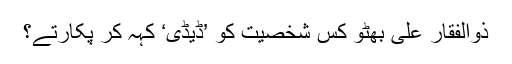
ذوالفقار علی بھٹو کس شخصیت کو ’ڈیڈی‘ کہہ کر پکارتے؟